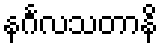
နင်္ဂလသတာနိ